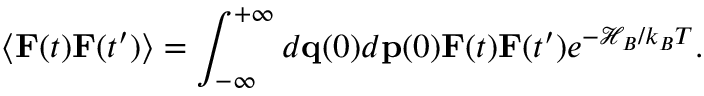
\langle \mathbf { { F } } ( t ) \mathbf { { F } } ( t ^ { \prime } ) \rangle = \int _ { - \infty } ^ { + \infty } d \mathbf { { q } } ( 0 ) d \mathbf { { p } } ( 0 ) \mathbf { { F } } ( t ) \mathbf { { F } } ( t ^ { \prime } ) e ^ { - \mathcal { H } _ { B } / k _ { B } T } .